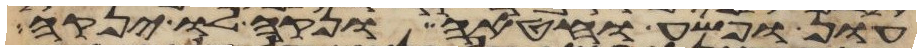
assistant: עון ופשע וחטאה ונקה לו ינקה